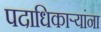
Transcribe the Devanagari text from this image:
पदाधिकाऱ्यांना